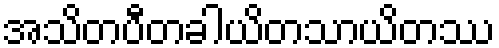
အသိတပီတခါယိတသာယိတဿ